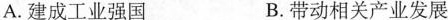
A.建成工业强国 B.带动相关产业发展